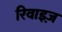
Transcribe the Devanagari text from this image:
रिवाइज़